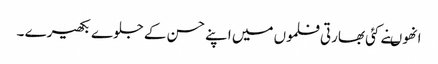
انھوںنے کئی بھارتی فلموں میں اپنے حسن کے جلوے بکھیرے ۔